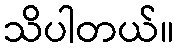
သိပါတယ်။